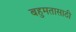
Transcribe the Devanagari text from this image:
बहुमतासाठी